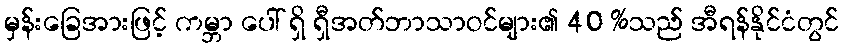
မှန်းခြေအားဖြင့် ကမ္ဘာ ပေါ် ရှိ ရှီအတ်ဘာသာဝင်များ၏ 40 %သည် အီရန်နိုင်ငံတွင်